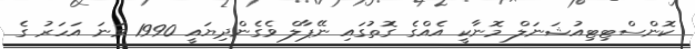
ކޮންސްޓިޓިއުޝަނަލް މޮނާކީ އެއްގެ ގޮތުގައި ނޭޕާލް ވެގެންދިޔައީ 1990 ވަނަ އަހަރު ގެ